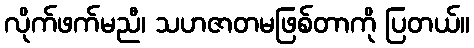
လိုက်ဖက်မညီ၊ သဟဇာတမဖြစ်တာကို ပြတယ်။